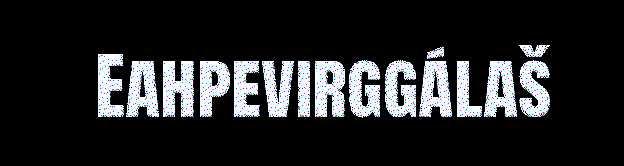
Eahpevirggálaš